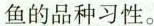
鱼的品种习性。